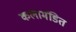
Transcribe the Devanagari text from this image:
कलामंडित